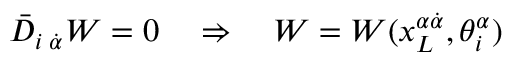
\bar { D } _ { i \; \dot { \alpha } } W = 0 \quad \Rightarrow \quad W = W ( x _ { L } ^ { \alpha \dot { \alpha } } , \theta _ { i } ^ { \alpha } )